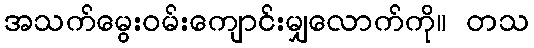
အသက်မွေးဝမ်းကျောင်းမျှလောက်ကို။ တသ